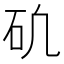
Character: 𥐥